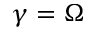
\gamma = \Omega